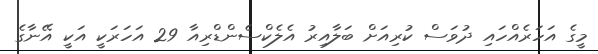
މީގެ އަހަރެއްހައި ދުވަސް ކުރިއަށް ބަލާއިރު އެލެކްސެންޑްރިއާ 29 އަހަރަކީ އަކީ އޭނާގެ